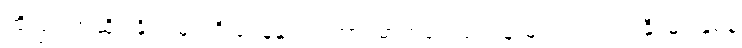
ထို့ပြင် အဆိုပါနိုင်ငံများရှိ ရေနံနှင့် သဘာဝဓာတ်ငွေ့လုပ်ငန်းများတွင် ရင်းနှီးမြှုပ်နှံရန်